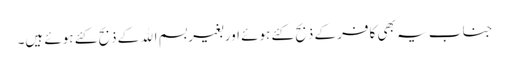
جنا ب یہ بھی کافر کے ذبح کئے ہوئے اور بغیر بسم اﷲ کے ذبح کئے ہوئے ہیں۔